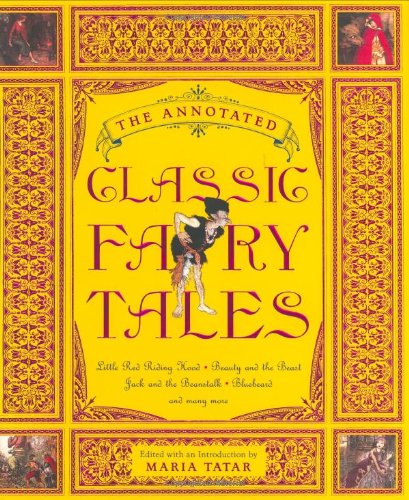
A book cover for The Annotated Classic Fairy Tales; Literature & Fiction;